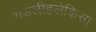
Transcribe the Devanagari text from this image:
गेडलीहलेकिसा